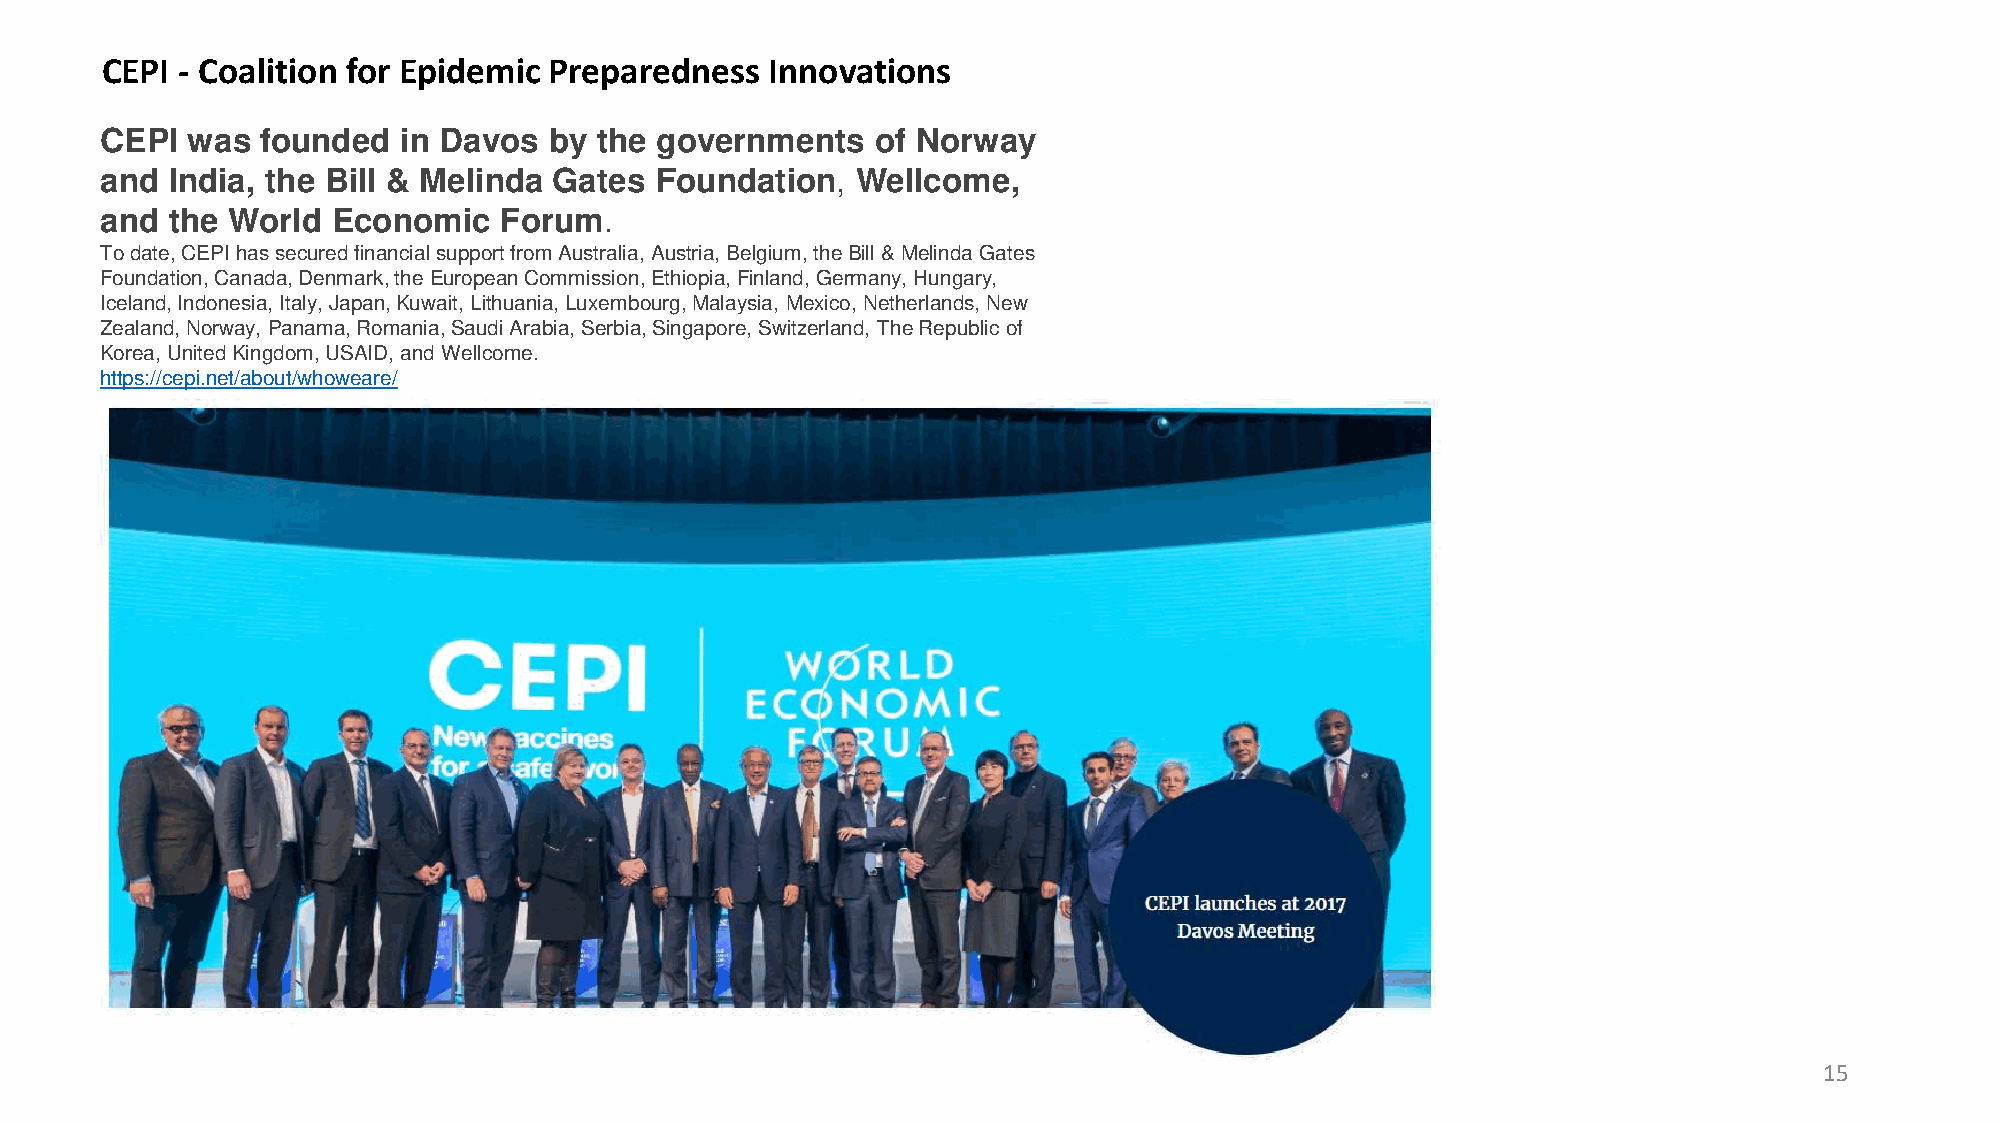
CEPI - Coalition for Epidemic Preparedness  Innovations
 CEPI was  founded   in Davos by the governments    of Norway
 and India, the Bill & Melinda Gates Foundation,   Wellcome,
 and the World  Economic   Forum.
 Todate, CEPI hassecuredfinancialsupport from Australia, Austria, Belgium, theBill & Melinda Gates
 Foundation, Canada, Denmark, theEuropean Commission, Ethiopia, Finland, Germany, Hungary,
 Iceland, Indonesia, Italy, Japan, Kuwait, Lithuania, Luxembourg, Malaysia, Mexico, Netherlands, New
 Zealand, Norway, Panama, Romania, Saudi Arabia, Serbia, Singapore, Switzerland, The Republicof
 Korea, United Kingdom, USAID, and Wellcome.
 https://cepi.net/about/whoweare/
 15